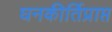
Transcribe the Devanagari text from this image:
घनकीर्तिप्राप्त